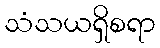
သံသယရှိစရာ